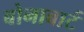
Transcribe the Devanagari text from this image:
बोनाबार्ट